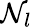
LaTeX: \mathcal{N}_{l}